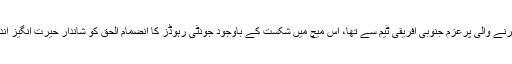
اگلے میچ میں پاکستان کا مقابلہ کرکٹ کی دنیا میں واپسی کرنے والی پرعزم جنوبی افریقی ٹیم سے تھا، اس میچ میں شکست کے باوجود جونٹی رہوڈز کا انضمام الحق کو شاندار حیرت انگیز انداز میں رن آؤٹ کرنا آج بھی کرکٹ کے متوالوں کو یاد ہے۔